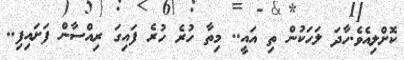
ކޮށްލިއެވެ.ހާދަ ލަހަކުން ތި އައީ.. މިތާ ހުރެ ހުރެ ފައިގަ ރިއްސާން ފަށައިފި..